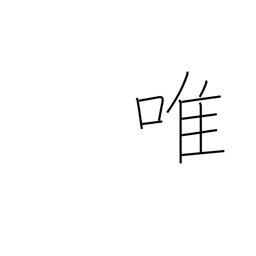
Meaning: solely